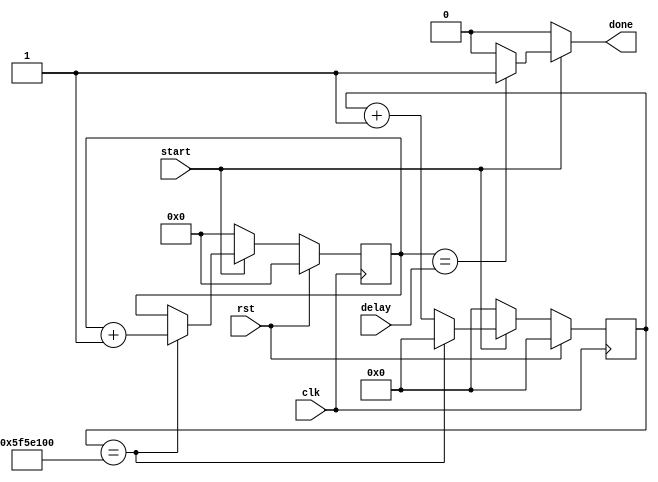
module counter(
    clk, rst, start, delay, done
);
    input clk;
    input rst;
    input start;
    input [8-1:0] delay;
    output reg done;

    reg [27-1:0] signal, next_signal;
    reg [8-1:0] count, next_count;

    always@(posedge clk) begin
        if (rst == 1) begin
            signal <= 0;
            count <= 0;
        end
        else begin
            signal <= next_signal;
            count <= next_count;
        end
    end

    always@(*) begin
        next_signal = signal;
        if (start) begin
            if (signal == 27'd100000000) begin
                next_count = count + 1;
                next_signal = 0;
            end
            else begin
                next_count = count;
                next_signal = signal + 1;   
            end
            if (count == delay) done = 1;
            else done = 0;
        end
        else begin
            done = 0;
            next_signal = 0;
            next_count = 0;
        end

    end
endmodule // counter